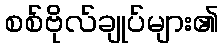
စစ်ဗိုလ်ချုပ်များ၏